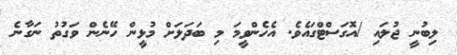
ލިބުނީ ޖުލައި /އޮގަސްޓްގައެވެ. އެހެންވީމަ މި ބަދަލަށް މުޅީން ހޭނެން ވަގުތު ނަގާނެ